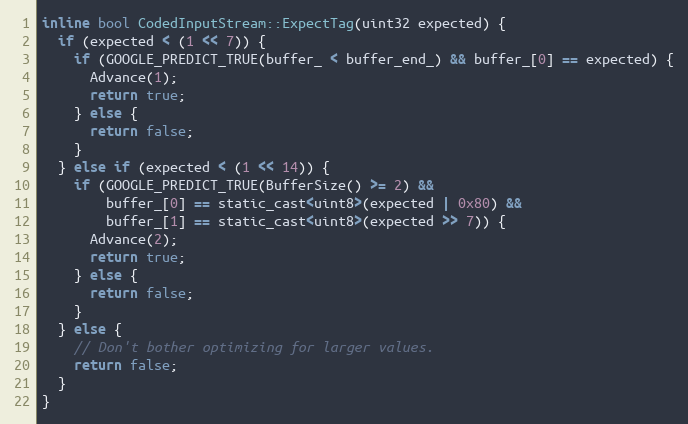
Language: C
inline bool CodedInputStream::ExpectTag(uint32 expected) {
  if (expected < (1 << 7)) {
    if (GOOGLE_PREDICT_TRUE(buffer_ < buffer_end_) && buffer_[0] == expected) {
      Advance(1);
      return true;
    } else {
      return false;
    }
  } else if (expected < (1 << 14)) {
    if (GOOGLE_PREDICT_TRUE(BufferSize() >= 2) &&
        buffer_[0] == static_cast<uint8>(expected | 0x80) &&
        buffer_[1] == static_cast<uint8>(expected >> 7)) {
      Advance(2);
      return true;
    } else {
      return false;
    }
  } else {
    // Don't bother optimizing for larger values.
    return false;
  }
}